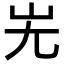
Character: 𡵈